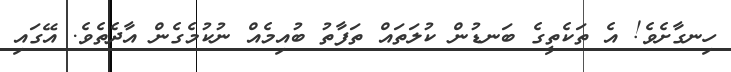
ހިނގާށެވެ! އެ ތަކެތީގެ ބަނޑުން ކުލަތައް ތަފާތު ބުއިމެއް ނުކުމެގެން އާދެތެވެ. އޭގައި